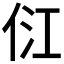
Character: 𰂂